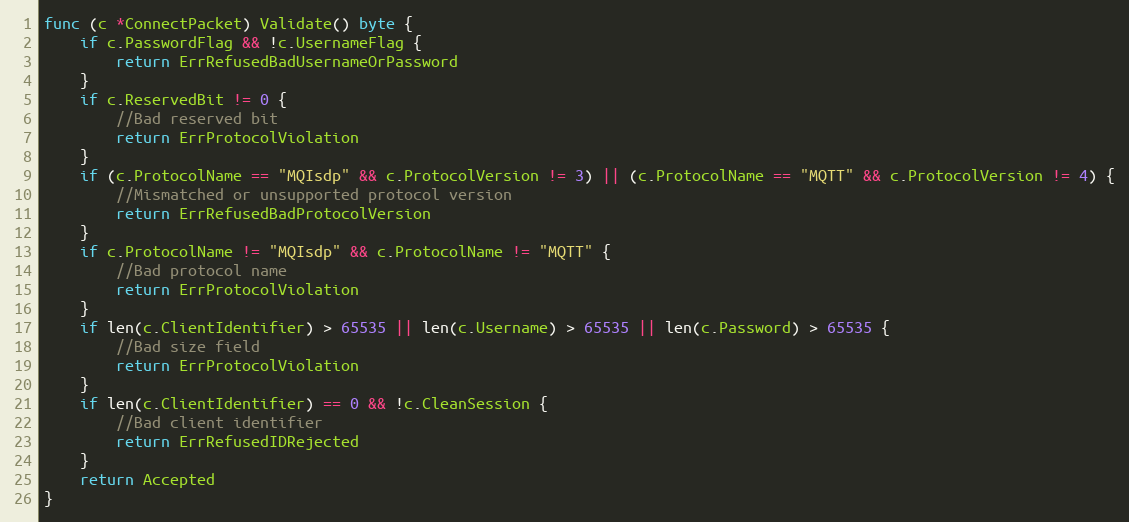
Language: Go
func (c *ConnectPacket) Validate() byte {
	if c.PasswordFlag && !c.UsernameFlag {
		return ErrRefusedBadUsernameOrPassword
	}
	if c.ReservedBit != 0 {
		//Bad reserved bit
		return ErrProtocolViolation
	}
	if (c.ProtocolName == "MQIsdp" && c.ProtocolVersion != 3) || (c.ProtocolName == "MQTT" && c.ProtocolVersion != 4) {
		//Mismatched or unsupported protocol version
		return ErrRefusedBadProtocolVersion
	}
	if c.ProtocolName != "MQIsdp" && c.ProtocolName != "MQTT" {
		//Bad protocol name
		return ErrProtocolViolation
	}
	if len(c.ClientIdentifier) > 65535 || len(c.Username) > 65535 || len(c.Password) > 65535 {
		//Bad size field
		return ErrProtocolViolation
	}
	if len(c.ClientIdentifier) == 0 && !c.CleanSession {
		//Bad client identifier
		return ErrRefusedIDRejected
	}
	return Accepted
}